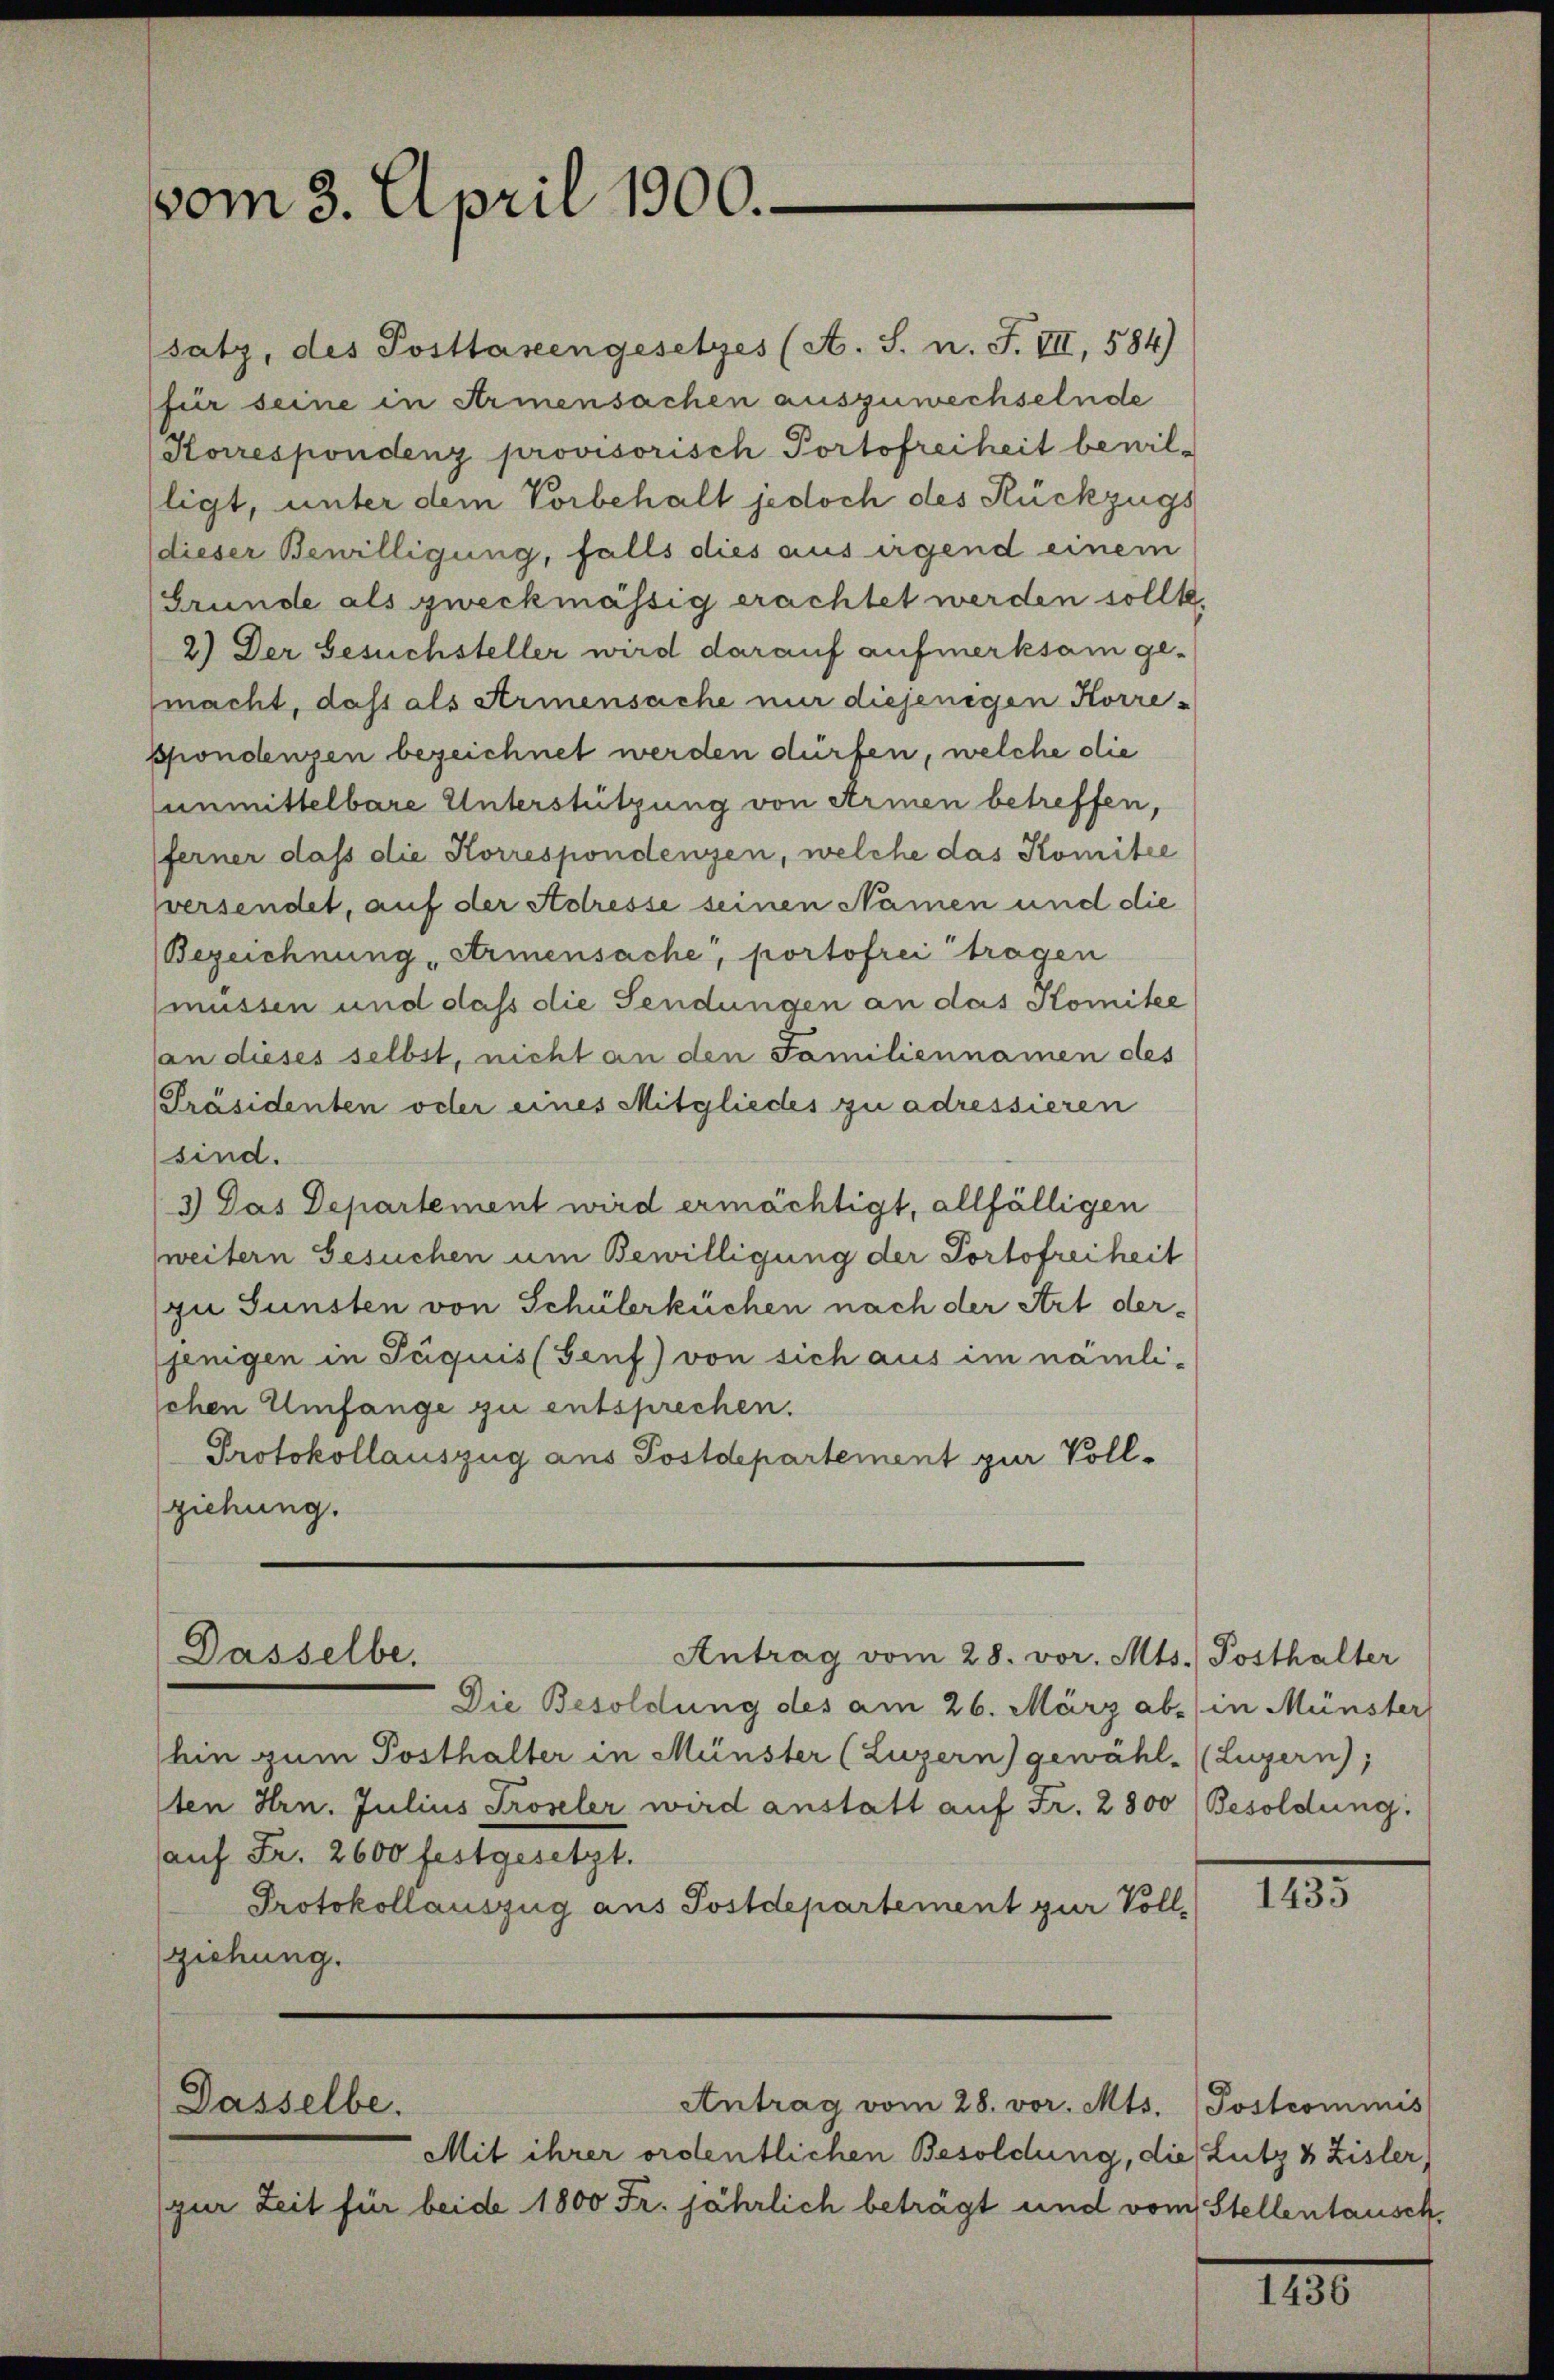
vom 3. April 1900.

(satz, des Posttaxengesetzes (A. S. n. F. VII, 584)
für seine in Armensachen auszuwechselnde
Korrespondenz provisorisch Portofreiheit bewil-
ligt, unter dem Vorbehalt jedoch des Rückzugs
dieser Bewilligung, falls dies aus irgend einem
Grunde als zweckmässig erachtet werden sollte,
2.) Der Gesuchsteller wird darauf aufmerksam ge-
macht, daß als Armensache nur diejenigen Korre-
spondenzen bezeichnet werden dürfen, welche die
unmittelbare Unterstützung von Armen betreffen,
ferner dass die Korrespondenzen, welche das Komitee
sversendet, auf der Adresse seinen Namen und die
Bezeichnung Armensache, portofrei tragen
müssen und daß die Fendungen an das Komitee
an dieses selbst, nicht an den Familiennamen des
[Präsidenten oder eines Mitgliedes zu adressieren
sind.
3.) Das Departement wird ermächtigt, allfälligen
weitern Gesuchen um Bewilligung der Portofreiheit
zu Gunsten von Schülerküchen nach der Art derjenigen in Päquis (Genf) von sich aus im nämlischen Umfange zu entsprechen.
Protokollauszug aus Postdepartement zur Vollziehung.

Dasselbe.
Antrag vom 28. vor. Mts. Posthalter

Dasselbe.

Antrag vom 28. vor. Mts. (Postcommis

Mit ihrer ordentlichen Besoldung, die Lutz & Zisler,
(zur Zeit für beide 1800 Fr. jährlich beträgt und vom Stellentausch,

Die Besoldung des am 26. März ab. (in Münster
hin zum Posthalter in Münster (Luzern) gewähl. (Luzern),
sten Hrn. Julius Proseler wird anstatt auf Fr. 2800 Besoldung.
auf Fr. 2600 festgesetzt.
Protokollauszug aus Postdepartement zur Vollziehung.

1435

115.